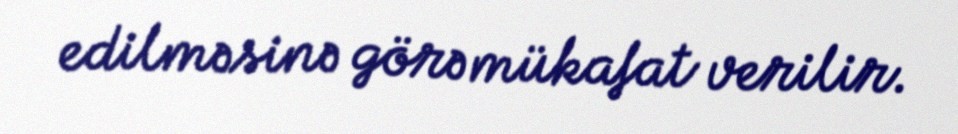
edilməsinə görə mükafat verilir.